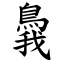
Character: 䳗